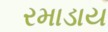
રમાડાય